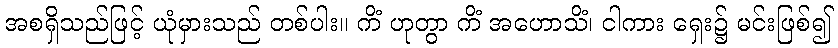
အစရှိသည်ဖြင့် ယုံမှားသည် တစ်ပါး။ ကိံ ဟုတွာ ကိံ အဟောသိံ၊ ငါကား ရှေး၌ မင်းဖြစ်၍